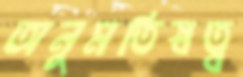
অনুমতিস্বত্ব